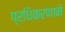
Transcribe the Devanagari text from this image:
प्रधिकरणाने